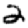
Digit: 2